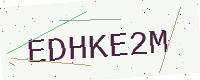
Text: EDHKE2M